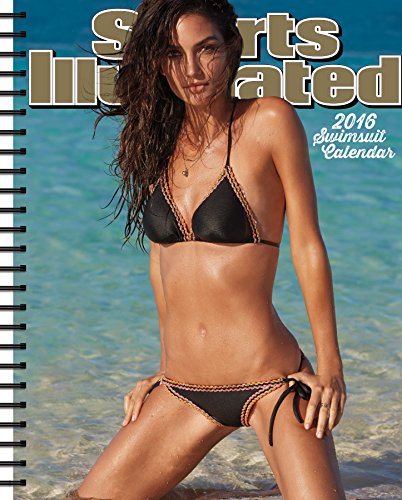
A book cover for Sports Illustrated Swimsuit 2016 Engagement Planner; Trends International; Calendars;